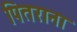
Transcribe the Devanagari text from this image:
पितराना